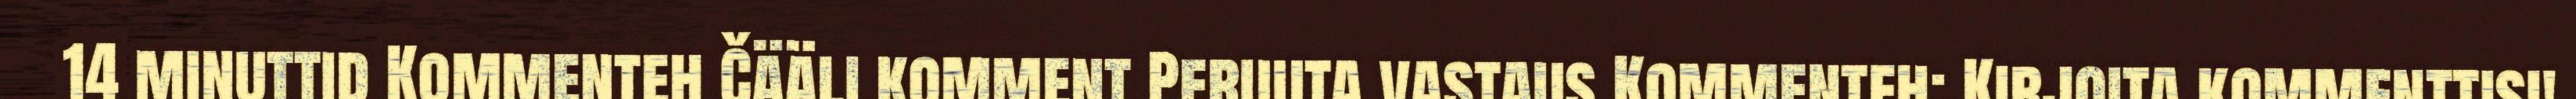
14 minuttid Kommenteh Čääli komment Peruuta vastaus Kommenteh: Kirjoita kommenttisi!